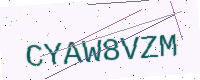
Text: CYAW8VZM